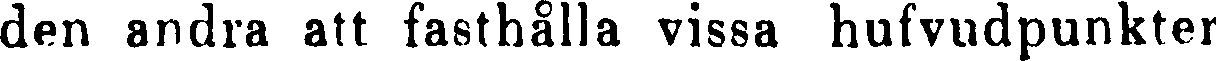
den andra att fasthålla vissa hufvudpunkter